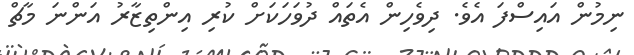
ނިމުން އައިސްފަ އެވެ. ދިވެހިން އެތައް ދުވަހަކަށް ކުރި އިންތިޒާރު އަންނަ މާޗް